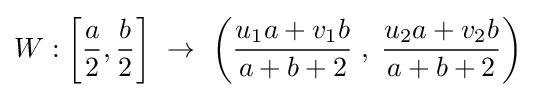
W:\left[{\frac {a}{2}},{\frac {b}{2}}\right]\ \rightarrow \ \left({\frac {u_{1}a+v_{1}b}{a+b+2}}\;,\;{\frac {u_{2}a+v_{2}b}{a+b+2}}\right)\;